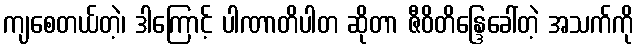
ကျစေတယ်တဲ့၊ ဒါကြောင့် ပါဏာတိပါတ ဆိုတာ ဇီဝိတိန္ဒြေခေါ်တဲ့ အသက်ကို